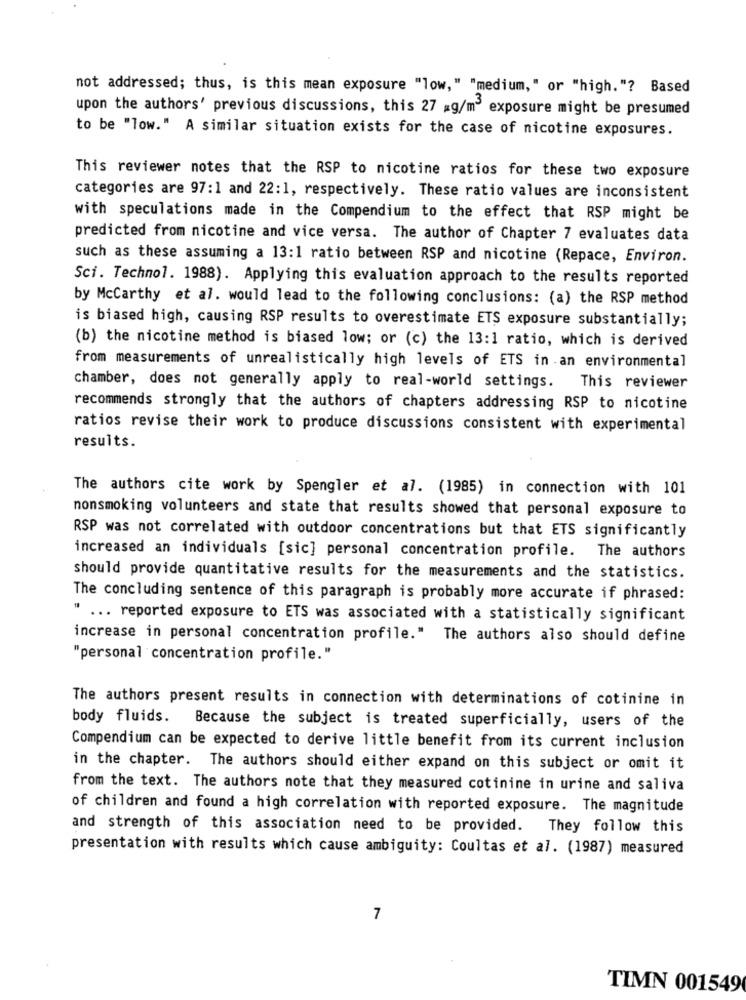
not addressed; thus, is this mean exposure "low," "medium," or "high."? Based
upon the authors' previous discussions, this 27 =g/m3 exposure might be presumed
to be "low." A similar situation exists for the case of nicotine exposures.
This reviewer notes that the RSP to nicotine ratios for these two exposure
categories are 97:1 and 22:1, respectively. These ratio values are inconsistent
with speculations made in the Compendium to the effect that RSP might be
predicted from nicotine and vice versa. The author of Chapter 7 evaluates data
such as these assuming a 13:1 ratio between RSP and nicotine (Repace, Environ.
Sci. Technol. 1988). Applying this evaluation approach to the results reported
by Mccarthy et al. would lead to the following conclusions: (a) the RSP method
is biased high, causing RSP results to overestimate ETS exposure substantially;
(b) the nicotine method is biased low; or (c) the 13:1 ratio, which is derived
from measurements of unrealistically high levels of ETS in an environmental
chamber, does not generally apply to real-world settings.
This reviewer
recommends strongly that the authors of chapters addressing RSP to nicotine
ratios revise their work to produce discussions consistent with experimental
results.
The authors cite work by Spengler et al. (1985) in connection with 101
nonsmoking volunteers and state that results showed that personal exposure to
RSP was not correlated with outdoor concentrations but that ETS significantly
increased an individuals [sic] personal concentration profile. The authors
should provide quantitative results for the measurements and the statistics.
The concluding sentence of this paragraph is probably more accurate if phrased:
" ... reported exposure to ETS was associated with a statistically significant
increase in personal concentration profile." The authors also should define
"personal concentration profile."
The authors present results in connection with determinations of cotinine in
body fluids.
Because the subject is treated superficially, users of the
Compendium can be expected to derive little benefit from its current inclusion
in the chapter. The authors should either expand on this subject or omit it
from the text. The authors note that they measured cotinine in urine and saliva
of children and found a high correlation with reported exposure. The magnitude
and strength of this association need to be provided. They follow this
presentation with results which cause ambiguity: Coultas et al. (1987) measured
7
TIMN 001549